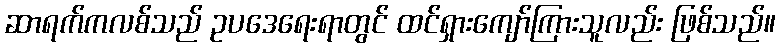
ဆာရက်ကလစ်သည် ဥပဒေရေးရာတွင် ထင်ရှားကျော်ကြားသူလည်း ဖြစ်သည်။